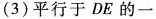
(3)平行于DE的一